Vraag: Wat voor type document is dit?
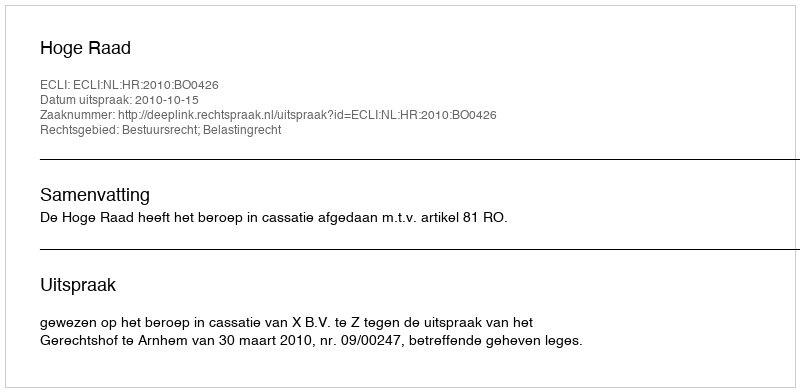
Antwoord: Uitspraak